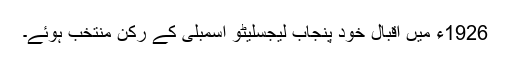
1926ء میں اقبال خود پنجاب لیجسلیٹو اسمبلی کے رکن منتخب ہوئے۔